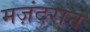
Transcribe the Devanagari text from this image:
मज़ंदरान